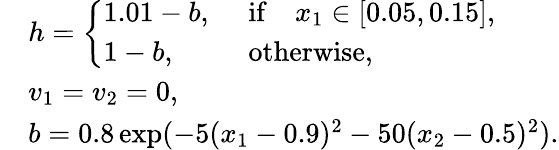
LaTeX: \begin{array}{rl}&{h=\left\{ \begin{array}{ll}{1.01-b,~}&{\mathrm{if}\quad x_{1}\in[0.05,0.15],}\\ {1-b,~}&{\mathrm{otherwise},}\end{array}\right.}\\ &{v_{1}=v_{2}=0,}\\ &{b=0.8\exp(-5(x_{1}-0.9)^{2}-50(x_{2}-0.5)^{2}).}\end{array}